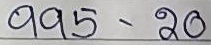
995 - 20